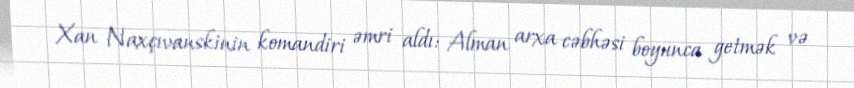
Xan Naxçıvanskinin komandiri əmri aldı: Alman arxa cəbhəsi boyunca getmək və